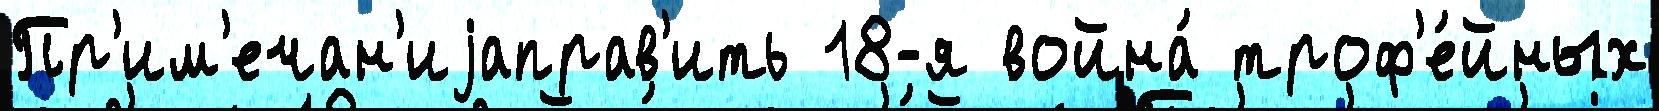
Пр'им'ечан'иjаправ'ить 18-я война́ троф'е́йных